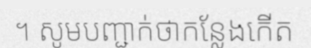
។ សូមបញ្ជាក់ថាកន្លែងកើត